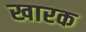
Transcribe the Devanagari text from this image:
खारक